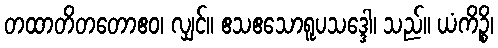
တထာတိတတောဧဝ၊ လျှင်။ ဧသဧသောရူပသဒ္ဒေါ၊ သည်။ ယံကိဉ္စိ၊